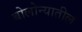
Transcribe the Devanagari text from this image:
बोलोन्यातील